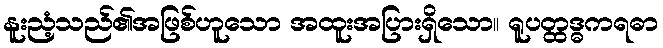
နူးညံ့သည်၏အဖြစ်ဟူသော အထူးအပြားရှိသော။ ရူပတ္ထဒ္ဓကရဓာ